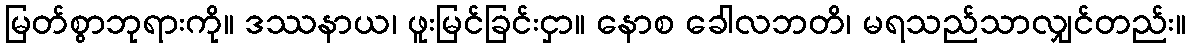
မြတ်စွာဘုရားကို။ ဒဿနာယ၊ ဖူးမြင်ခြင်းငှာ။ နောစ ခေါလဘတိ၊ မရသည်သာလျှင်တည်း။